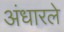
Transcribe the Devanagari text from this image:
अंधारले